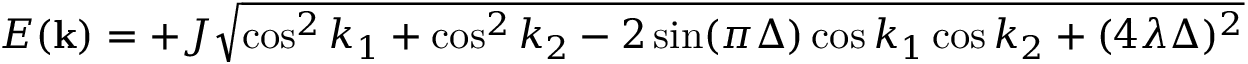
E ( { \bf k } ) = + J \sqrt { \cos ^ { 2 } k _ { 1 } + \cos ^ { 2 } k _ { 2 } - 2 \sin ( \pi \Delta ) \cos k _ { 1 } \cos k _ { 2 } + ( 4 \lambda \Delta ) ^ { 2 } }